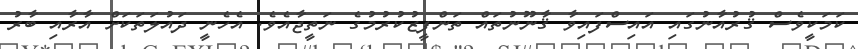
ކަމަކީވެސް ޤުރުއާނުގައި އައިސްފައިވާ ޤާނޫނުތައް ތަންފީޒުކުރުމުގެ ނަތީޖާއެވެ. އެހެނީ ދައުލަތަކަށް އާރާއި ބާރު